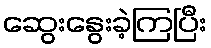
ဆွေးနွေးခဲ့ကြပြီး